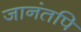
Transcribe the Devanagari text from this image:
जानंतपि